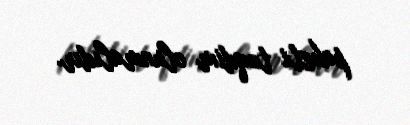
paketi təqdim olunmalıdır.